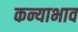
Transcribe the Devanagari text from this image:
कन्याभाव